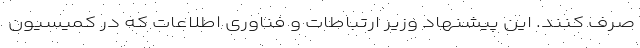
صرف کنند. این پیشنهاد وزیر ارتباطات و فناوری اطلاعات که در کمیسیون